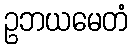
ဥဘယမေတံ